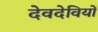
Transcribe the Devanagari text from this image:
देवदेवियों